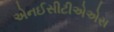
એનઈસીટીએએસ